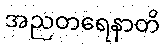
အညတရေနာတိ